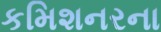
કમિશનરના